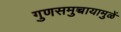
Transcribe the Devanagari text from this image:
गुणसमुच्चायामुळें